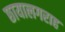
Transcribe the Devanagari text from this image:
छायालगराह